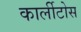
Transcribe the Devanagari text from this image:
कार्लीटोस